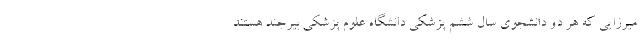
میرزایی که هر دو دانشجوی سال ششم پزشکی دانشگاه علوم پزشکی بیرجند هستند